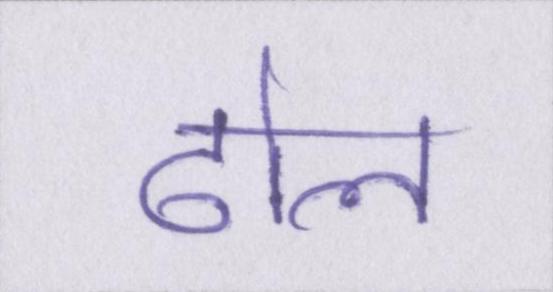
ढोल